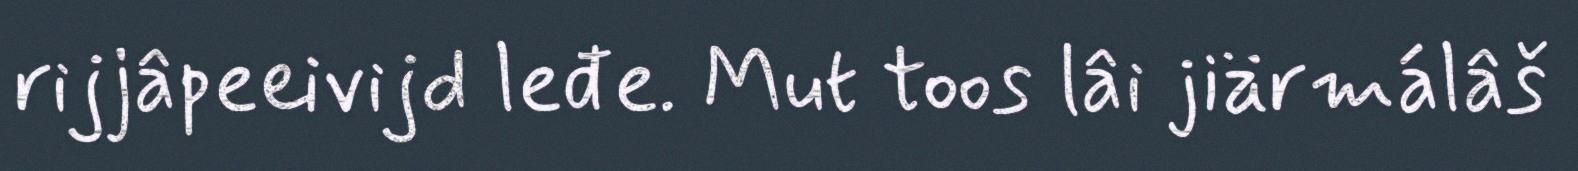
rijjâpeeivijd leđe. Mut toos lâi jiärmálâš